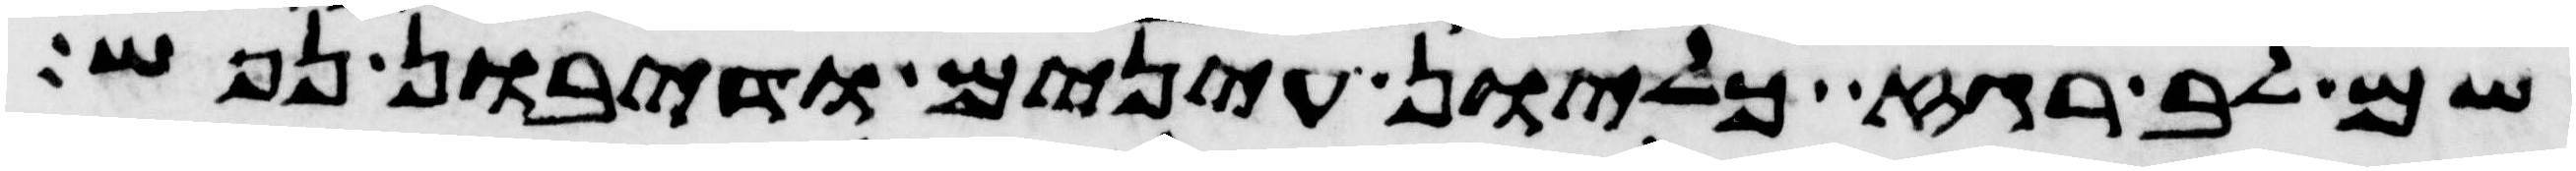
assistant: שם לב רגז כליון עינים ודיבון נפש